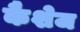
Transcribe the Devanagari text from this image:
कैशेज